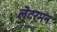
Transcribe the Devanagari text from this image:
लेटरमन